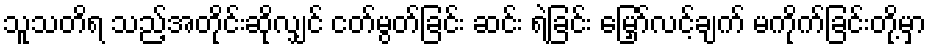
သူသတိရ သည့်အတိုင်းဆိုလျှင် ငတ်မွတ်ခြင်း ဆင်း ရဲခြင်း မြှော်လင့်ချက် မကိုက်ခြင်းတို့မှာ